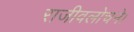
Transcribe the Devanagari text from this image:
राजीवलोचने।